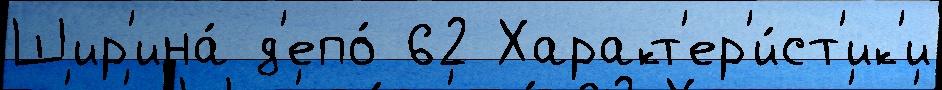
Шир'ина́ д'епо́ 62 Характ'ер'и́ст'ик'и